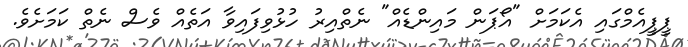
ޕީޕީއެމްގައި އެކަމަށް "އޯޕަން މައިންޑެއް" ނެތްއިރު ހުޅުވިފައިވާ އަތެއް ވެސް ނެތް ކަމަށެވެ.